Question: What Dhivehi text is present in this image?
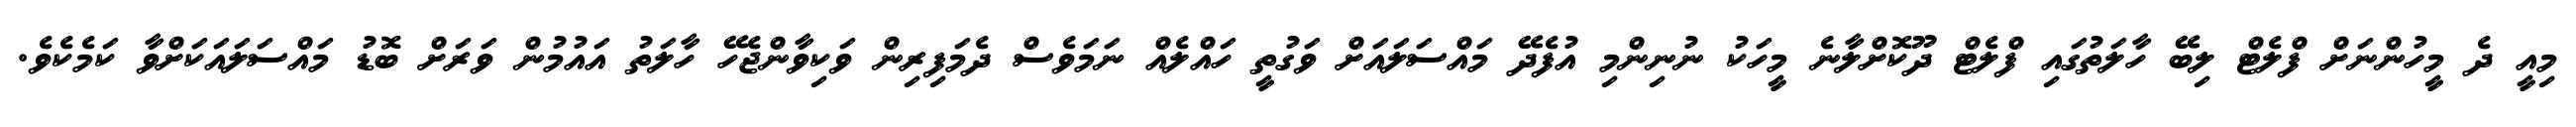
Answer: މިއީ ދެ މީހުންނަށް ފްލެޓް ލިބޭ ހާލަތުގައި ފްލެޓް ދޫކޮށްލާނެ މީހަކު ނުނިންމި އުފެދޭ މައްސަލައަށް ވަގުތީ ހައްލެއް ނަމަވެސް ދެމަފިރިން ވަކިވާންޖެހޭ ހާލަތު އައުމުން ވަރަށް ބޮޑު މައްސަލައަކަށްވާ ކަމެކެވެ.